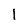
Character: 1